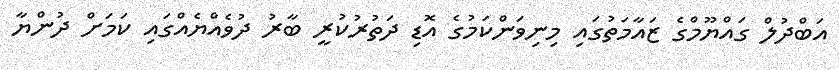
އަބްދުލް ގައްޔޫމްގެ ޒައާމަތުގައި މިނިވަންކަމުގެ އޮޑި ދަތުރުކުރީ ބާރު ދުވެއްޔެއްގައި ކަމަށް ދުންޔާ